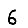
Digit: 6